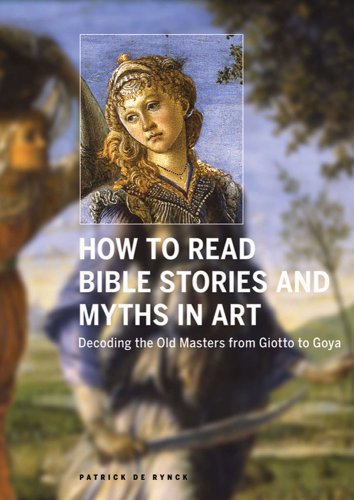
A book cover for How to Read Bible Stories and Myths in Art: Decoding the Old Masters from Giotto to Goya; Patrick De Rynck; Reference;